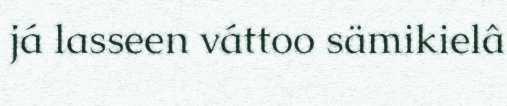
já lasseen váttoo sämikielâ